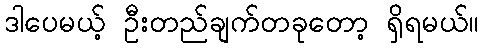
ဒါပေမယ့် ဦးတည်ချက်တခုတော့ ရှိရမယ်။